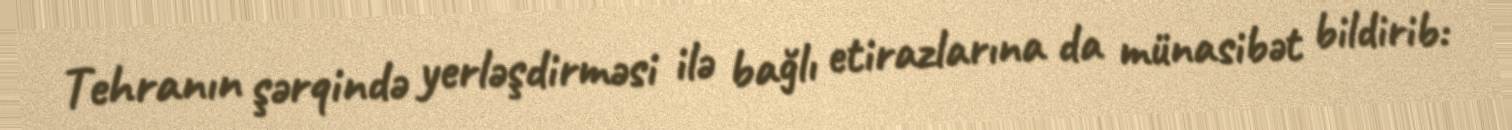
Tehranın şərqində yerləşdirməsi ilə bağlı etirazlarına da münasibət bildirib: